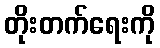
တိုးတက်ရေးကို